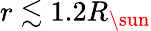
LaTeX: r\lesssim 1.2R_{\sun}